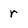
Character: r